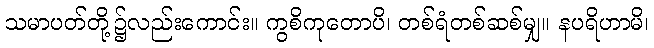
သမာပတ်တို့၌လည်းကောင်း။ ကွစိကုတောပိ၊ တစ်ရံတစ်ဆစ်မျှ။ နပရိဟာမိ၊